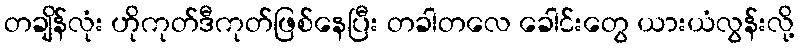
တချိန်လုံး ဟိုကုတ်ဒီကုတ်ဖြစ်နေပြီး တခါတလေ ခေါင်းတွေ ယားယံလွန်းလို့